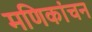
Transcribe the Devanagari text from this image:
मणिकांचन